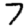
Digit: 7